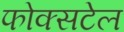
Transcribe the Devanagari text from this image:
फोक्सटेल